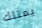
يمتلك